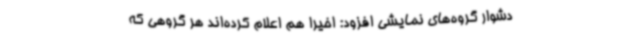
دشوار گروه‌های نمایشی افزود: اخیرا هم اعلام کرده‌اند هر گروهی که